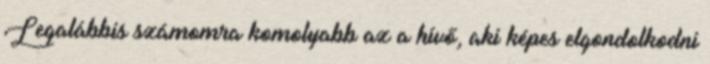
Legalábbis számomra komolyabb az a hívő, aki képes elgondolkodni